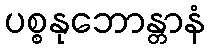
ပစ္စနုဘောန္တာနံ